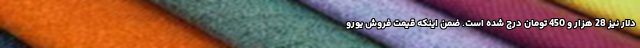
دلار نیز 28 هزار و 450 تومان درج شده است. ضمن اینکه قیمت فروش یورو